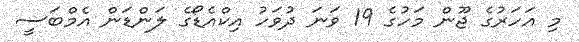
މި އަހަރުގެ ޖޫން މަހުގެ 19 ވަނަ ދުވަހު އިކްއެޑޯގެ ލަންޑަން އެމްބަސީ